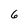
Character: 6